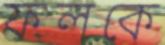
ফলকে